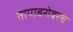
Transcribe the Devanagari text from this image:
तापाबरोबरच